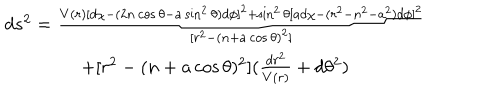
\begin{array} { c } { { d s ^ { 2 } = \frac { V ( r ) [ d \chi - ( 2 n \cos \theta - a \sin ^ { 2 } \theta ) d \phi ] ^ { 2 } + \sin ^ { 2 } \theta \lbrack a d \chi - ( r ^ { 2 } - n ^ { 2 } - a ^ { 2 } ) d \phi ] ^ { 2 } } { [ r ^ { 2 } - ( n + a \cos \theta ) ^ { 2 } ] } } } \\ { { + [ r ^ { 2 } - ( n + a \cos \theta ) ^ { 2 } ] ( \frac { d r ^ { 2 } } { V ( r ) } + d \theta ^ { 2 } ) } } \\ \end{array}